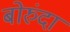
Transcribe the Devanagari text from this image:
बोरुंदा